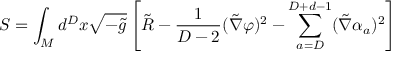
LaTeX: S = \int _ { M } d ^ { D } x \sqrt { - \tilde { g } } \left[ \tilde { R } - { \frac { 1 } { D - 2 } } ( \tilde { \nabla } \varphi ) ^ { 2 } - \sum _ { a = D } ^ { D + d - 1 } ( \tilde { \nabla } \alpha _ { a } ) ^ { 2 } \right]